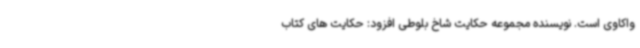
واکاوی است. نویسنده مجموعه حکایت شاخ بلوطی افزود: حکایت های کتاب